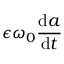
\epsilon \omega _ { 0 } \frac { \mathrm { d } a } { \mathrm { d } t }